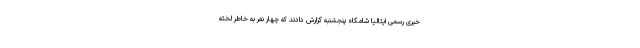
خبری رسمی ایتالیا شامگاه پنجشنبه گزارش دادند که چهار نفر به خاطر لخته